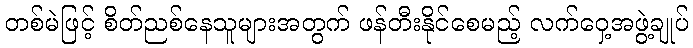
တစ်မဲဖြင့် စိတ်ညစ်နေသူများအတွက် ဖန်တီးနိုင်စေမည့် လက်ဝှေ့အဖွဲ့ချုပ်